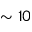
\sim 1 0